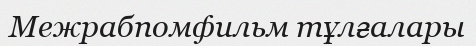
Межрабпомфильм тұлғалары